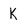
Character: K